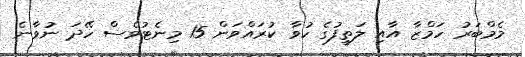
މެމްބަރު ހަމްޒާ އާއި ލަތީފުގެ ހުވާ ކުރައްވަން 15 މިނެޓުވެސް ހޭދަ ނުވާނެ